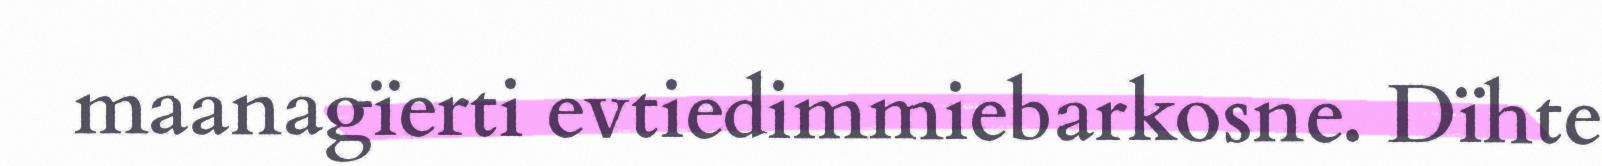
maanagïerti evtiedimmiebarkosne. Dïhte